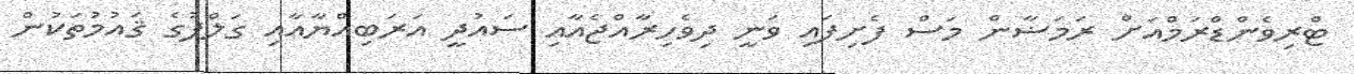
ޓްރިވެންޑްރަމްއަށް ރަމަޟާން މަސް ފެށިފައި ވަނީ ދިވެހިރާއްޖެއާއި ސައުދީ އަރަބިއްޔާއާއި ގަލްފުގެ ޤައުމުތަކުން